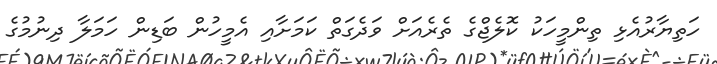
ހަތިޔާރުއެޅި ތިންމީހަކު ކޮލެޖްގެ ތެރެއަށް ވަދެގަތް ކަމަށާއި އެމީހުން ބަޑިން ހަމަލާ ދިނުމުގެ